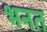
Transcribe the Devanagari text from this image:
भनत